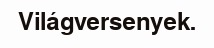
Világversenyek.